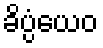
ခိပ္ပံယေဝ